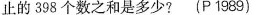
止的398个数之和是多少？ （P 1989）